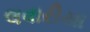
લવારીયા